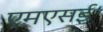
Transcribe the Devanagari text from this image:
एमएसई